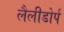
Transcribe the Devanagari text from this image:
लैलीडोर्प